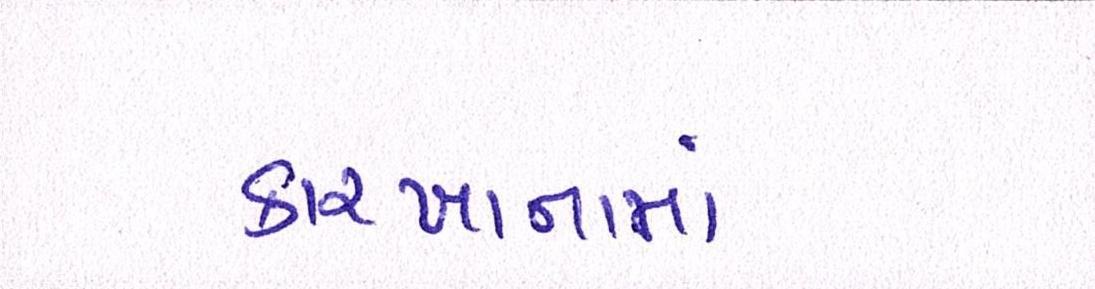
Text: કારખાનામાં